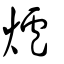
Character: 爐